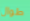
طوال